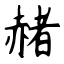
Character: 赭